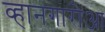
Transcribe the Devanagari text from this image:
व्हानगारोआ